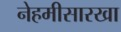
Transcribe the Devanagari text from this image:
नेहमीसारखा